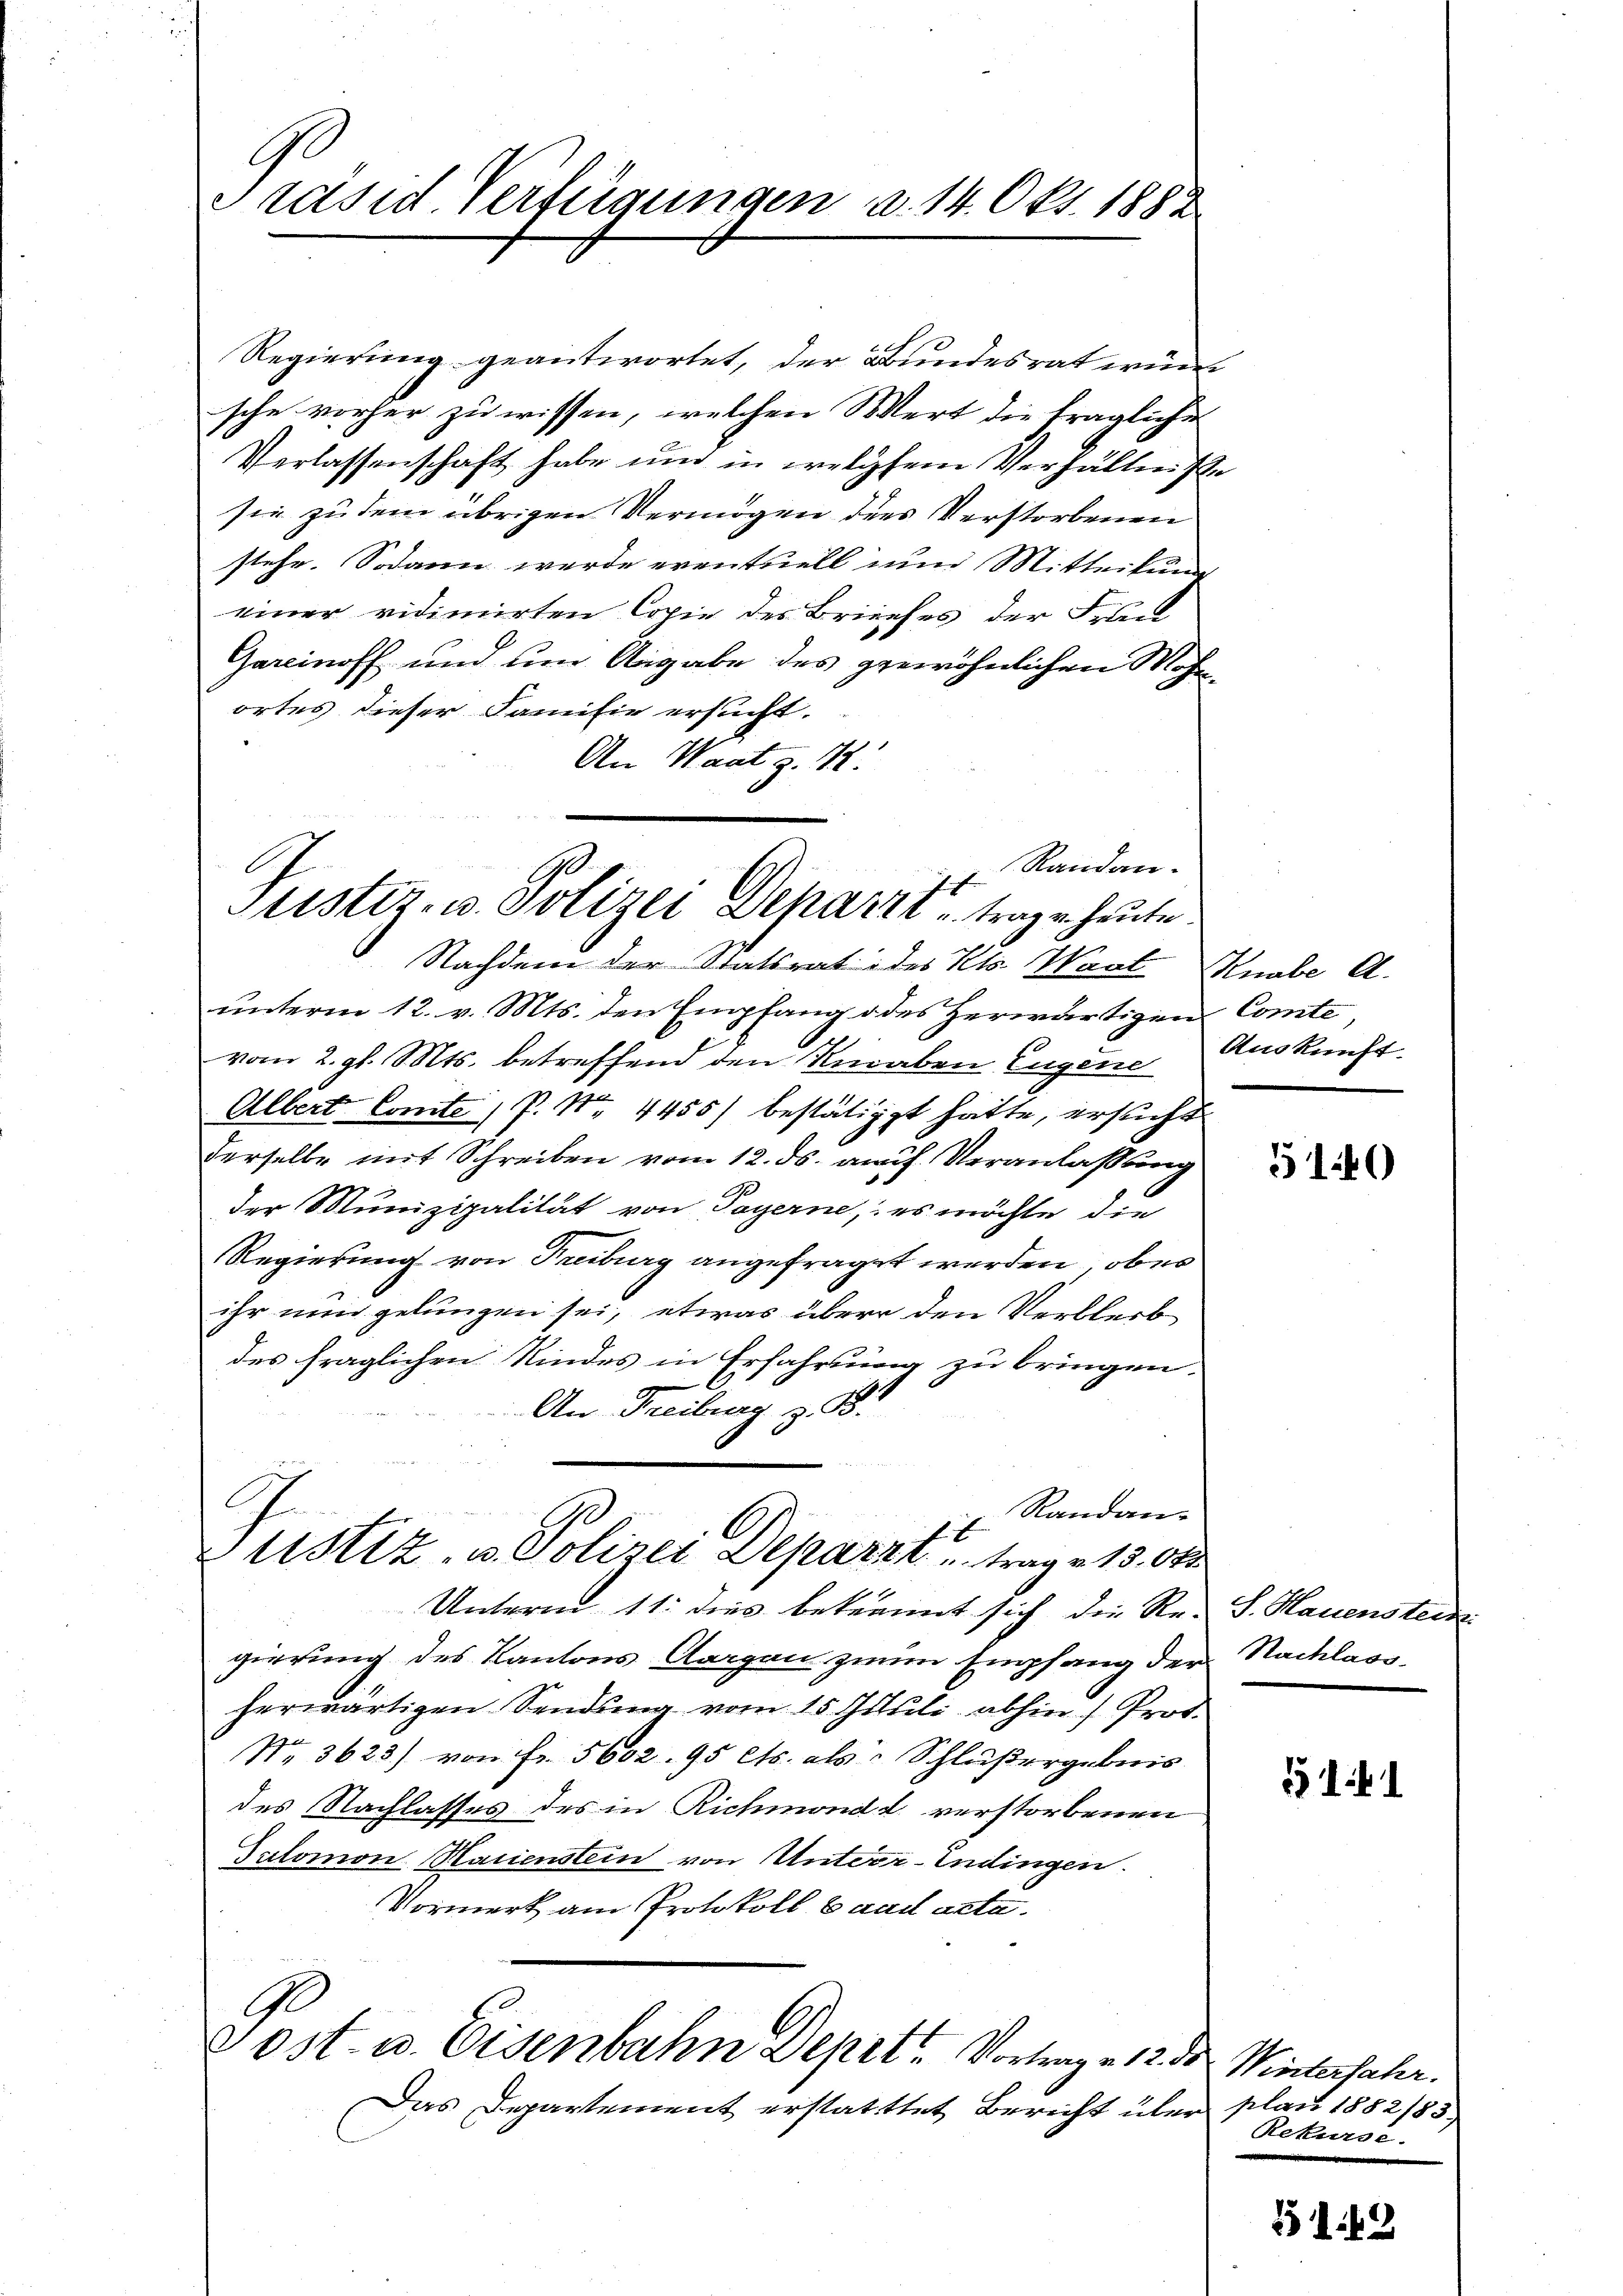
C.
Präsid. Verfügungen a. 14. Okt. 188.

Regierung geantwortet, der Bundesrat wün
sche vorher zu wissen, welchen Wert die fragliche
Verlassenschaft habe um in welchem Verhältniße
sie zu dem übrigen Vermögen dies Verstorbenen
stehe. Sodann werde eventuell zum Mitteilung
einer vidimirten Copie des Briefes der Frau
Gareinoff und um Angabe des gewöhnlichen Mohn
ortes dieser Familie ersucht.
An Waat z. R.
Nachdem der Statsrat des Kts. Waat Knabe A.
unterm 12. v. Mts. den Empfang oder herwärtigen Comte,
vom 2. gl. Mts. betreffend den Veraben Eugene Auskunft
Albert Comte P. Nr. 4455) bestätigt hätte, ersucht
Derselbe mit Schreiben vom 12. ds. auch Veranlaßung
der Munizipalität von Payerne, es möchte die
Regierung von Freiburg angefraget werden, ober
ihr nun gelungen sei, etwas über den Verbleib
des fraglichen Kindes in Erfahrung zu bringen.
An Freiburg z. B.
G
Randan-
0
1
Justiz- u. Polizei Deparit trag u. 13. Okt
Unterm 11. dies bekannt sich die Re-S. Hauenstein
gierung des Kantons Aargau zum Empfang der Nachlass
herwärtigen Sendung vom 15. Juli abhin) Prof.
Nr. 3623) von Fr. 5602. 95 Cts. als Schlußergebnis
des Nachlasses des in Richmond verstorbenen
Salomon Marienstein von Unter-Endingen.
Vormerk am Protokoll baad acta.
vost- u. Eisenbahn Depott Vortrage 12. ds. Winterfahr.
Das Departement erstatttet Bericht über plau 1882/83

Randan-
C
Justiz- u. Polizei Deparit, trage heute.

5140

141

Rekurse.

1149